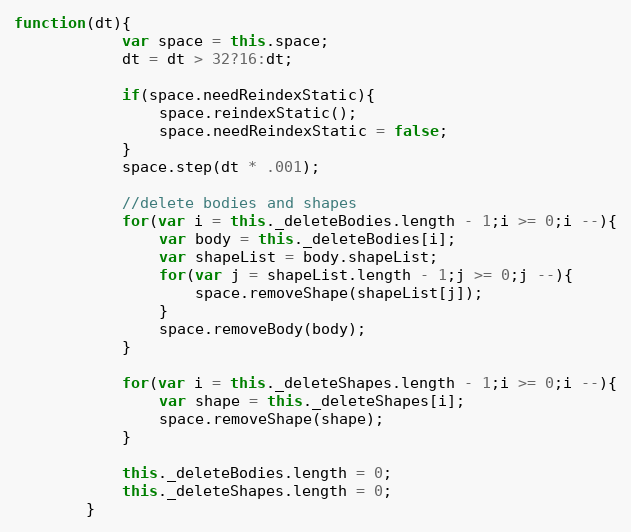
Language: JavaScript
function(dt){
            var space = this.space;
            dt = dt > 32?16:dt;

            if(space.needReindexStatic){
                space.reindexStatic();
                space.needReindexStatic = false;
            }
            space.step(dt * .001);

            //delete bodies and shapes
            for(var i = this._deleteBodies.length - 1;i >= 0;i --){
                var body = this._deleteBodies[i];
                var shapeList = body.shapeList;
                for(var j = shapeList.length - 1;j >= 0;j --){
                    space.removeShape(shapeList[j]);
                }
                space.removeBody(body);
            }

            for(var i = this._deleteShapes.length - 1;i >= 0;i --){
                var shape = this._deleteShapes[i];
                space.removeShape(shape);
            }

            this._deleteBodies.length = 0;
            this._deleteShapes.length = 0;
        }